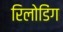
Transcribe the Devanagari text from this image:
रिलोडिंग